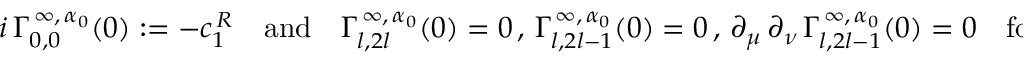
i \, \Gamma _ { 0 , 0 } ^ { \, \infty , \, \alpha _ { 0 } } ( 0 ) : = - c _ { 1 } ^ { \, R } \quad \mathrm { a n d } \quad \Gamma _ { l , 2 l } ^ { \, \infty , \, \alpha _ { 0 } } ( 0 ) = 0 \, , \, \Gamma _ { l , 2 l - 1 } ^ { \, \infty , \, \alpha _ { 0 } } ( 0 ) = 0 \, , \, \partial _ { \mu } \, \partial _ { \nu } \, \Gamma _ { l , 2 l - 1 } ^ { \, \infty , \, \alpha _ { 0 } } ( 0 ) = 0 \quad \mathrm { f o r } \quad l > 0 \ ,